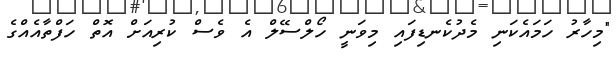
"މިހާރު ހަމައެކަނި މެދުކެނޑިފައި މިވަނީ ހޯލްސޭލް އެ ވެސް ކުރިއަށް އޮތް ހަފްތާއެއްގެ